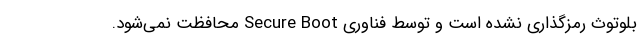
بلوتوث رمزگذاری نشده است و توسط فناوری Secure Boot محافظت نمی‌شود.